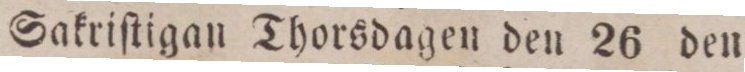
Sakriſtigan Thorsdagen den 26 den